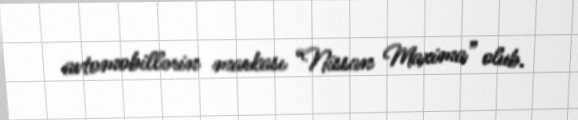
avtomobillərin markası “Nissan Maxima” olub.